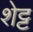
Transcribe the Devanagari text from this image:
शेट्ट